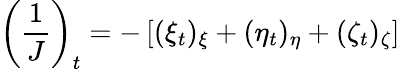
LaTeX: \left(\frac{1}{J}\right)_{t}=-\left[(\xi_{t})_{\xi}+(\eta_{t})_{\eta}+(\zeta_{t})_{\zeta}\right]